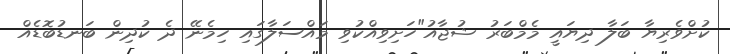
ކުށްވެރިޔާ ބަލާ ދިޔައީ މެމްބަރު ޝުޖާއު"ހަށިވިއްކުވި މައްސަލާގައި ހިމެނޭ ދެ ކުދިން ބަނޑުބޮޑެއް